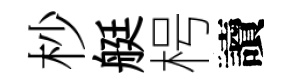
杪艇枵讀